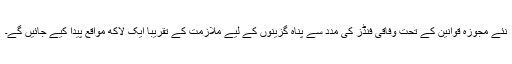
نئے مجوزہ قوانين کے تحت وفاقی فنڈز کی مدد سے پناہ گزينوں کے ليے ملازمت کے تقريباً ايک لاکھ مواقع پيدا کيے جائيں گے۔